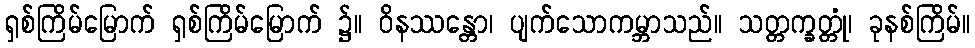
ရှစ်ကြိမ်မြောက် ရှစ်ကြိမ်မြောက် ၌။ ဝိနဿန္တော၊ ပျက်သောကမ္ဘာသည်။ သတ္တက္ခတ္တုံ၊ ခုနစ်ကြိမ်။